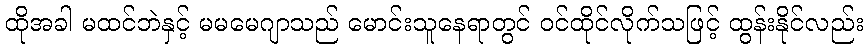
ထိုအခါ မထင်ဘဲနှင့် မမမေဂျာသည် မောင်းသူနေရာတွင် ဝင်ထိုင်လိုက်သဖြင့် ထွန်းနိုင်လည်း